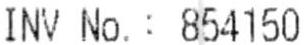
INV NO. : 854150